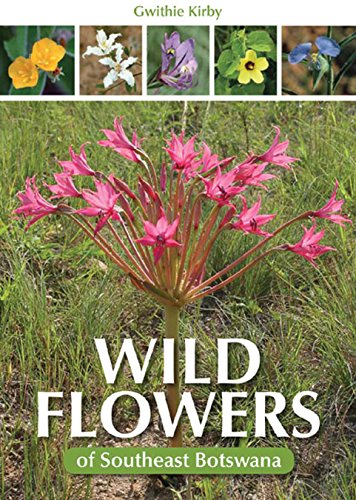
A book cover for Wild Flowers of Southeast Botswana; Gwithie Kirby; Travel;